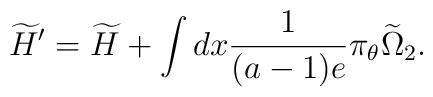
\widetilde{H}' = \widetilde H         + \int d x \frac{1}{(a-1)e} \pi_{\theta} \widetilde{\Omega}_2.